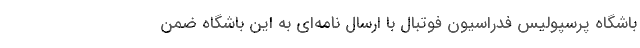
باشگاه پرسپولیس فدراسیون فوتبال با ارسال نامه‌ای به این باشگاه ضمن